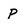
Character: P